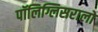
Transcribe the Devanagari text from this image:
पॉलिग्लिसरालों